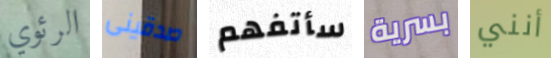
الرئوي صدقينى سأتفهم بسرية أنني